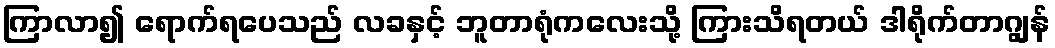
ကြာလာ၍ ရောက်ရပေသည် လခနှင့် ဘူတာရုံကလေးသို့ ကြားသိရတယ် ဒါရိုက်တာဂျွန်